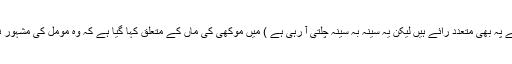
موکھی اور متارون کی داستاں ( اس کے سچے اور جھوٹے ہونے پہ بھی متعدد رائے ہیں لیکن یہ سینہ بہ سینہ چلتی آ رہی ہے ) میں موکھی کی ماں کے متعلق کہا گیا ہے کہ وہ مومل کی مشہور نوکرانی ناتر ہیں جس کی چالاکی کے قصے بڑے مشہور تھے۔